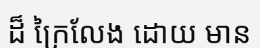
ដ៏ ក្រៃលែង ដោយ មាន